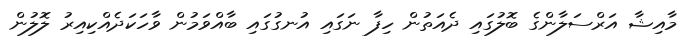
މާއިޝާ އަރްސަލާންގެ ބޮލުގައި ދެއަތުން ހިފާ ނަގައި އުނގުގައި ބާއްވަމުން ވާހަކަދެއްކިއިރު ލޮލުން